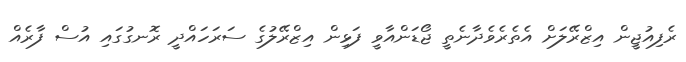
ރެފިއުޖީން އިޒްރޭލަށް އެތެރެވެދާނެތީ ޖޯޑަންއާވީ ފަޅިން އިޒްރޭލުގެ ސަރަހައްދީ ރޮނގުގައި އުސް ފާރެއް